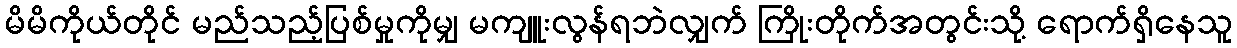
မိမိကိုယ်တိုင် မည်သည့်ပြစ်မှုကိုမျှ မကျူးလွန်ရဘဲလျှက် ကြိုးတိုက်အတွင်းသို့ ရောက်ရှိနေသူ